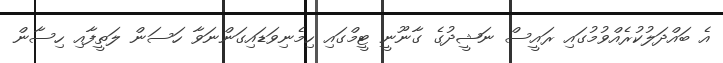
އެ ބައްދަލުކުރެއްވުމުގައި ރައީސް ނަޝީދުގެ ގާނޫނީ ޓީމްގައި ހިމެނިވަޑައިގަންނަވާ ހަސަން ލަތީފާއި ހިސާން